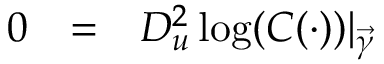
\begin{array} { r c l } { 0 } & { = } & { D _ { u } ^ { 2 } \log ( C ( \cdot ) ) \vert _ { \vec { \gamma } } } \end{array}